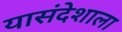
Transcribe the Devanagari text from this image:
यासंदेशाला